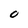
Character: 0